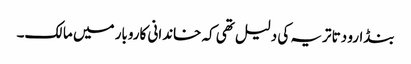
بنڈارو دتا تریہ کی دلیل تھی کہ خاندانی کاروبار میں مالک۔